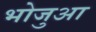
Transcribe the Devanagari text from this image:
भोजुआ